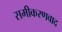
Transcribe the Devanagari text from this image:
समीकरणवाद